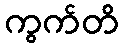
ကွက်တိ